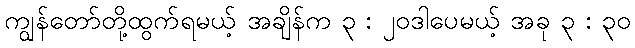
ကျွန်တော်တို့ထွက်ရမယ့် အချိန်က ၃ : ၂၀ဒါပေမယ့် အခု ၃ : ၃၀